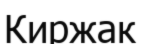
Киржак